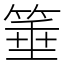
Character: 箠